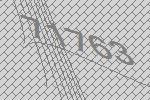
71763